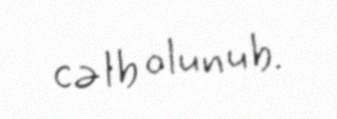
cəlb olunub.